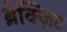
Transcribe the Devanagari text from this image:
ब्रेक्ज़िट